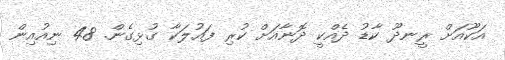
އަކޫއަށް ރީނދޫ ކާޑު ދެއްކީ ދޮނާއަށް ކުރި ފައުލަކާ ގުޅިގެން. 48 ނިއުއިން